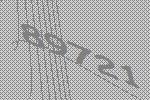
89721